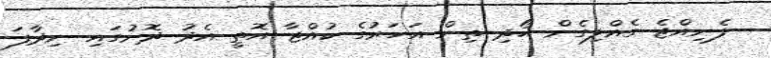
ފެނިއްޖެ ގެއްލިގެން ހޯދި ތިން އަހަރުގެ ކުއްޖާ އޮތީ އެދު ދޮށުގައި ނިދާފަ